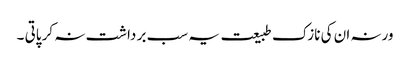
ورنہ ان کی نازک طبیعت یہ سب بر داشت نہ کر پاتی ۔